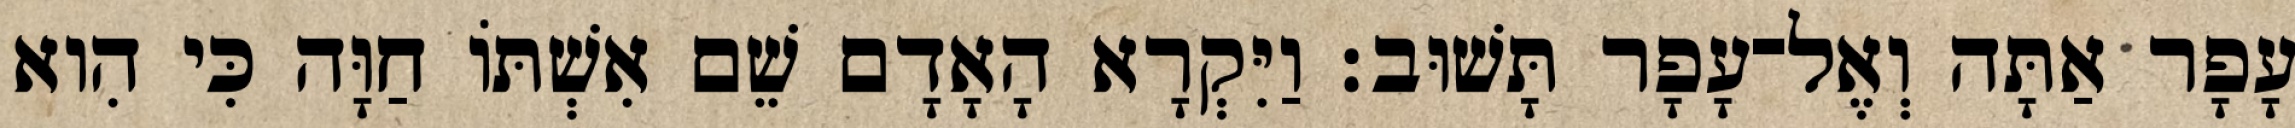
עָפָר אַתָּה וְאֶל־עָפָר תָּשׁוּב׃ וַיִּקְרָא הָאָדָם שֵׁם אִשְׁתֹּו חַוָּה כִּי הִוא